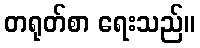
တရုတ်စာ ရေးသည်။